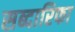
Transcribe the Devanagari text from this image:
सब्दारिफा